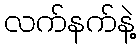
လက်နက်နဲ့